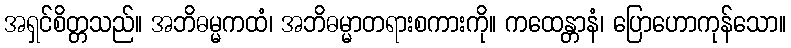
အရှင်စိတ္တသည်။ အဘိဓမ္မကထံ၊ အဘိဓမ္မာတရားစကားကို။ ကထေန္တာနံ၊ ပြောဟောကုန်သော။